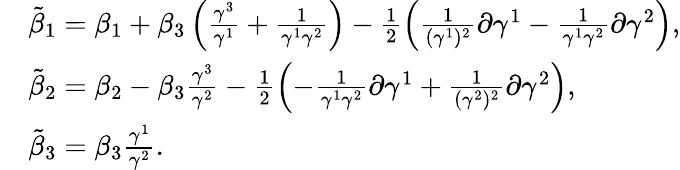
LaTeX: \begin{array}{rl}&{\tilde{\beta}_{1}=\beta_{1}+\beta_{3}\left(\frac{\gamma^{3}}{\gamma^{1}}+\frac{1}{\gamma^{1}\gamma^{2}}\right)-\frac{1}{2}\left(\frac{1}{(\gamma^{1})^{2}}\partial\gamma^{1}-\frac{1}{\gamma^{1}\gamma^{2}}\partial\gamma^{2}\right),}\\ &{\tilde{\beta}_{2}=\beta_{2}-\beta_{3}\frac{\gamma^{3}}{\gamma^{2}}-\frac{1}{2}\left(-\frac{1}{\gamma^{1}\gamma^{2}}\partial\gamma^{1}+\frac{1}{(\gamma^{2})^{2}}\partial\gamma^{2}\right),}\\ &{\tilde{\beta}_{3}=\beta_{3}\frac{\gamma^{1}}{\gamma^{2}}.}\end{array}